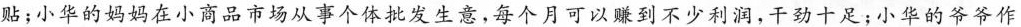
贴；小华的妈妈在小商品市场从事个体批发生意，每个月可以赚到不少利润，干劲十足；小华的爷爷作